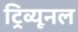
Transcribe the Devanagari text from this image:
ट्रिव्यूनल